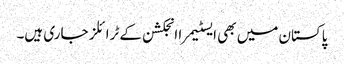
پاکستان میں بھی ایسٹیمرا انجکشن کے ٹرائلز جاری ہیں۔